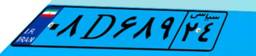
۰۸D۶۸۹۲۴